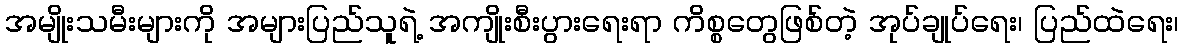
အမျိုးသမီးများကို အများပြည်သူရဲ့ အကျိုးစီးပွားရေးရာ ကိစ္စတွေဖြစ်တဲ့ အုပ်ချုပ်ရေး၊ ပြည်ထဲရေး၊